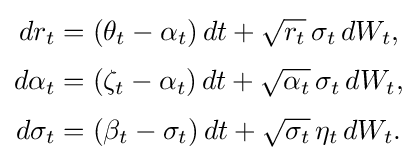
{\begin{aligned}dr_{t}&=(\theta _{t}-\alpha _{t})\,dt+{\sqrt {r_{t}}}\,\sigma _{t}\,dW_{t},\\[3pt]d\alpha _{t}&=(\zeta _{t}-\alpha _{t})\,dt+{\sqrt {\alpha _{t}}}\,\sigma _{t}\,dW_{t},\\[3pt]d\sigma _{t}&=(\beta _{t}-\sigma _{t})\,dt+{\sqrt {\sigma _{t}}}\,\eta _{t}\,dW_{t}.\end{aligned}}